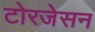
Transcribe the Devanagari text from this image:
टोरजेसन